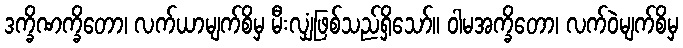
ဒက္ခိဏက္ခိတော၊ လက်ယာမျက်စိမှ မီးလျှံဖြစ်သည်ရှိသော်။ ဝါမအက္ခိတော၊ လက်ဝဲမျက်စိမှ